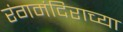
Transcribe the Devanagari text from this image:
रंगमंदिराच्या